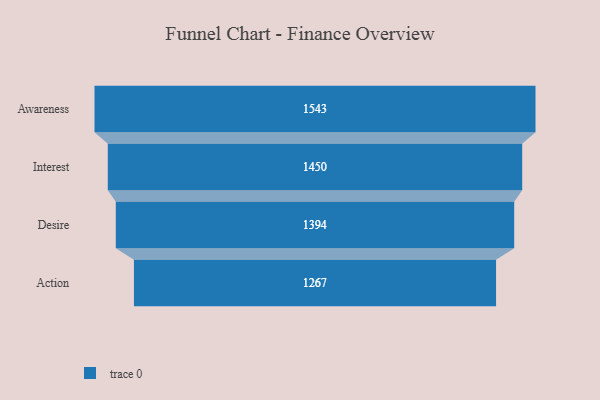
{"axis": {"x": "Stage", "y": "Value"}, "legend": [""], "data": [{"x": "Awareness", "y": 1543.0, "type": ""}, {"x": "Interest", "y": 1450.0, "type": ""}, {"x": "Desire", "y": 1394.0, "type": ""}, {"x": "Action", "y": 1267.0, "type": ""}]}